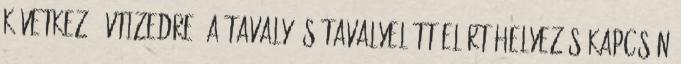
következő évtizedre. A tavaly és tavalyelőtt elért helyezés kapcsán